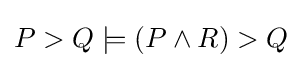
P>Q\models (P\land R)>Q